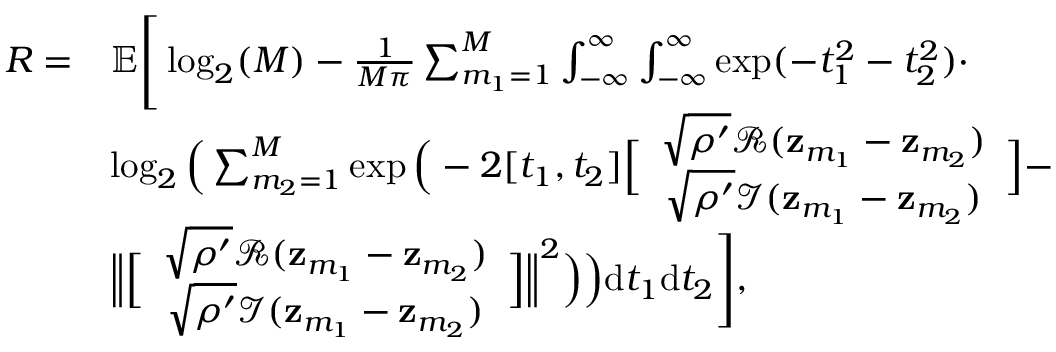
\begin{array} { r l } { R = } & { \mathbb { E } \Bigg [ \log _ { 2 } ( M ) - \frac { 1 } { M \pi } \sum _ { m _ { 1 } = 1 } ^ { M } \int _ { - \infty } ^ { \infty } \int _ { - \infty } ^ { \infty } \exp ( - t _ { 1 } ^ { 2 } - t _ { 2 } ^ { 2 } ) \cdot } \\ & { \log _ { 2 } \Big ( \sum _ { m _ { 2 } = 1 } ^ { M } \exp \Big ( - 2 [ t _ { 1 } , t _ { 2 } ] \Big [ \begin{array} { c } { \sqrt { \rho ^ { \prime } } \mathcal { R } ( \mathbf { z } _ { m _ { 1 } } - \mathbf { z } _ { m _ { 2 } } ) } \\ { \sqrt { \rho ^ { \prime } } \mathcal { I } ( \mathbf { z } _ { m _ { 1 } } - \mathbf { z } _ { m _ { 2 } } ) } \end{array} \Big ] - } \\ & { \Big \| \Big [ \begin{array} { c } { \sqrt { \rho ^ { \prime } } \mathcal { R } ( \mathbf { z } _ { m _ { 1 } } - \mathbf { z } _ { m _ { 2 } } ) } \\ { \sqrt { \rho ^ { \prime } } \mathcal { I } ( \mathbf { z } _ { m _ { 1 } } - \mathbf { z } _ { m _ { 2 } } ) } \end{array} \Big ] \Big \| ^ { 2 } \Big ) \Big ) \mathrm { d } t _ { 1 } \mathrm { d } t _ { 2 } \Bigg ] , } \end{array}